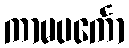
ကာမပင်္ကော